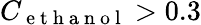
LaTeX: C_{\mathrm{~e~t~h~a~n~o~l~}}>0.3